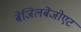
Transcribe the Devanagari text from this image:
बेंजिलबेंजोएट